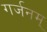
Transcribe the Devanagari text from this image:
गर्जनम्‌